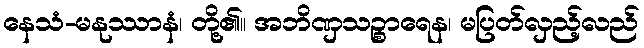
နေသံ-မနုဿာနံ၊ တို့၏။ အဘိဏှသဉ္စာရေန၊ မပြတ်လှည့်လည်